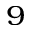
^ 9